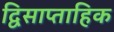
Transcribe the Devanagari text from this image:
द्विसाप्‍ताहिक